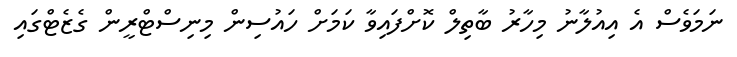
ނަމަވެސް އެ އިއުލާނު މިހާރު ބާތިލް ކޮށްފައިވާ ކަމަށް ހައުސިން މިނިސްޓްރީން ގެޒެޓްގައި